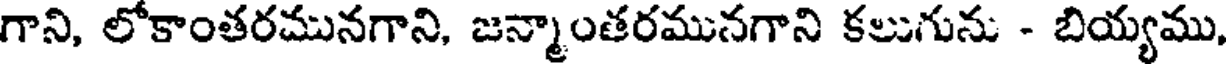
గాని, లోకాంతరమునగాని, జన్మాంతరమునగాని కలుగును - బియ్యము,